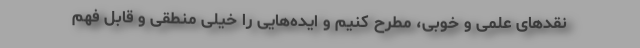
نقدهای علمی و خوبی، مطرح کنیم و ایده‌هایی را خیلی منطقی و قابل فهم